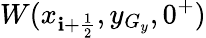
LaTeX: W(x_{\mathbf{i}+\frac{{1}}{{2}}},y_{G_{y}},0^{+})